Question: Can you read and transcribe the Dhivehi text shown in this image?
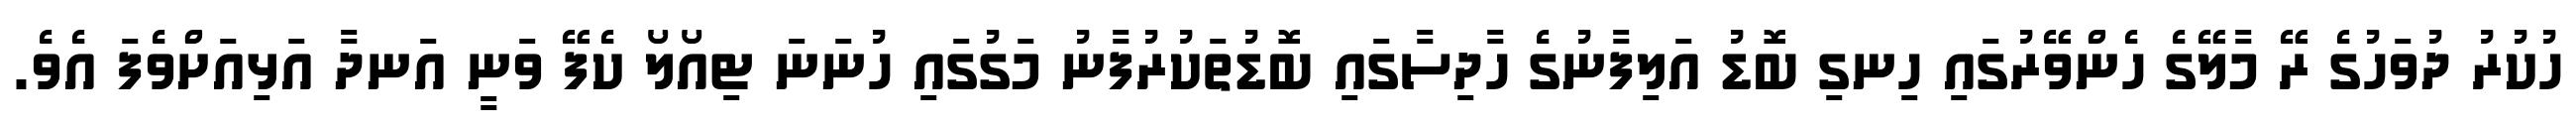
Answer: ހުކުރު ދުވަހުގެ ރޭ މާލޭގެ ހެންވޭރުގައި ހިނގި ބޮޑު އަލިފާނުގެ ހާދިސާގައި ބޮޑުތަކުރުފާނު މަގުގައި ހުނަނަ ޓިއޯލޯ ކެފޭ ވަނީ އަނދާ އަޅިއަށްވެފަ އެވެ.